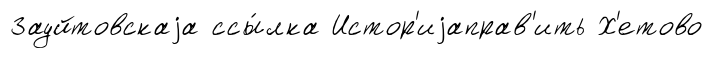
Зауйтовскаjа ссы́лка Истор'иjаправ'ить Х'етово